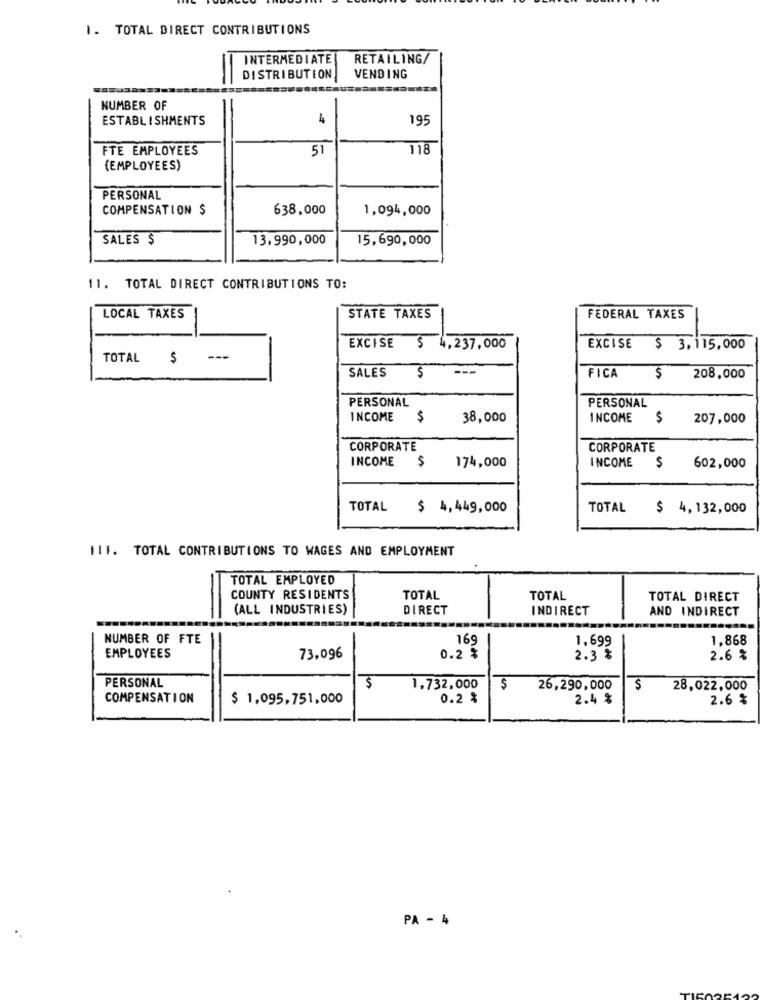
1. TOTAL DIRECT CONTRIBUTIONS
INTERMEDIATE
RETAILING/
DISTRIBUTION
VENDING
NUMBER OF
ESTABLISHMENTS
4
195
FTE EMPLOYEES
51
118
(EMPLOYEES)
PERSONAL
COMPENSATION $
638,000
1,094,000
SALES $
13,990,000
15,690,000
11. TOTAL DIRECT CONTRIBUTIONS TO:
LOCAL TAXES
STATE TAXES
FEDERAL TAXES
EXCISE $ 4,237,000
EXCISE $ 3,115,000
TOTAL
$
---
SALES
----
$
FICA
$
208,000
PERSONAL
PERSONAL
INCOME $
38,000
INCOME
$
207,000
CORPORATE
CORPORATE
INCOME
174,000
INCOME
$
602,000
TOTAL
$ 4,449,000
TOTAL
$ 4,132,000
111. TOTAL CONTRIBUTIONS TO WAGES AND EMPLOYMENT
TOTAL EMPLOYED
COUNTY RESIDENTS
TOTAL
TOTAL
TOTAL DIRECT
(ALL INDUSTRIES)
DIRECT
INDIRECT
AND INDIRECT
NUMBER OF FTE
169
1,699
1.868
EMPLOYEES
73,096
0.2 %
2.3 %
2.6 %
PERSONAL
$
1,732,000
$
26,290,000
$
28,022,000
COMPENSATION
$ 1,095,751,000
0.2 %
2.4 %
2.6 %
PA - 4